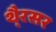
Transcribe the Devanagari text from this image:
थै्रसर